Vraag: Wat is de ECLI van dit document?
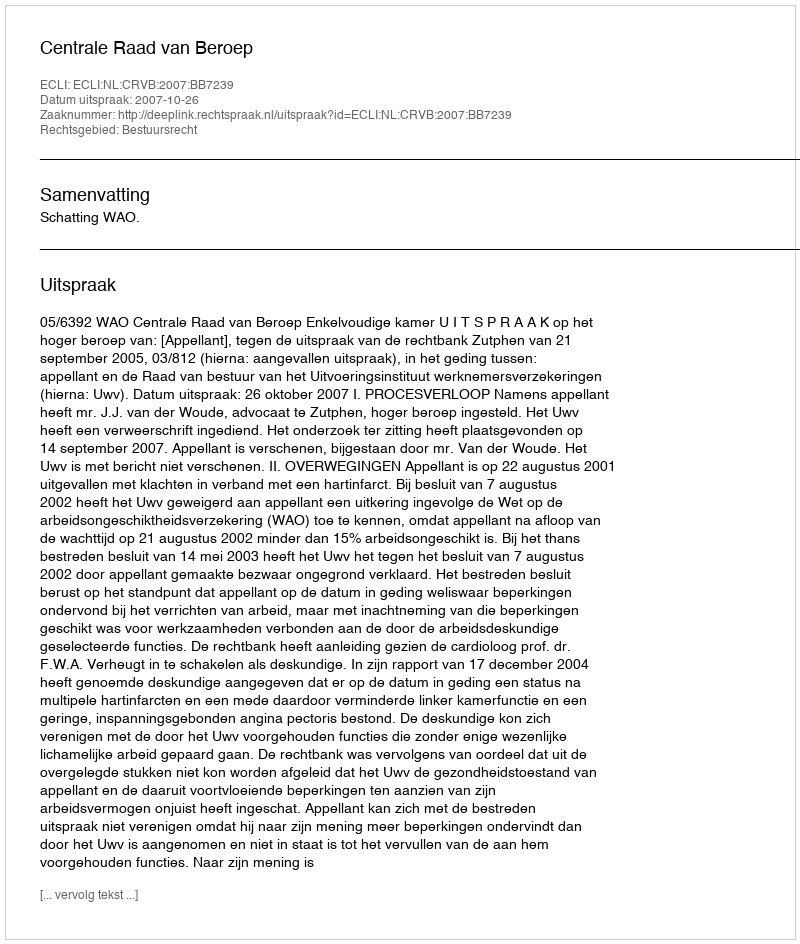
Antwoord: ECLI:NL:CRVB:2007:BB7239